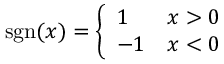
\mathrm { s g n } ( x ) = \left\{ \begin{array} { l l } { { 1 \ } } & { { x > 0 } } \\ { { - 1 } } & { { x < 0 } } \end{array} \right.